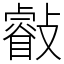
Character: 㪫